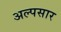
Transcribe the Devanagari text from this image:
अल्पसार